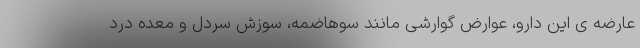
عارضه ی این دارو، عوارض گوارشی مانند سوهاضمه، سوزش سردل و معده درد